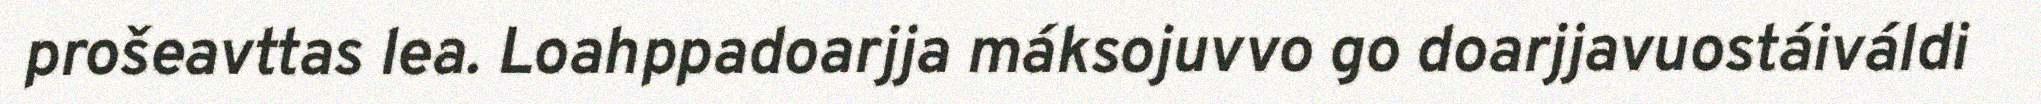
prošeavttas lea. Loahppadoarjja máksojuvvo go doarjjavuostáiváldi